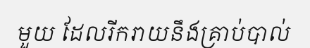
មួយ ដែលរីករាយនឹងគ្រាប់បាល់